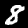
Digit: 8